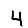
Digit: 4